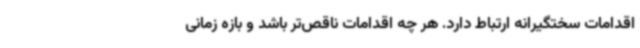
اقدامات سختگیرانه ارتباط دارد. هر چه اقدامات ناقص‌تر باشد و بازه زمانی